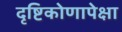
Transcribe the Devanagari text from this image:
दृष्टिकोणापेक्षा